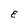
Character: E